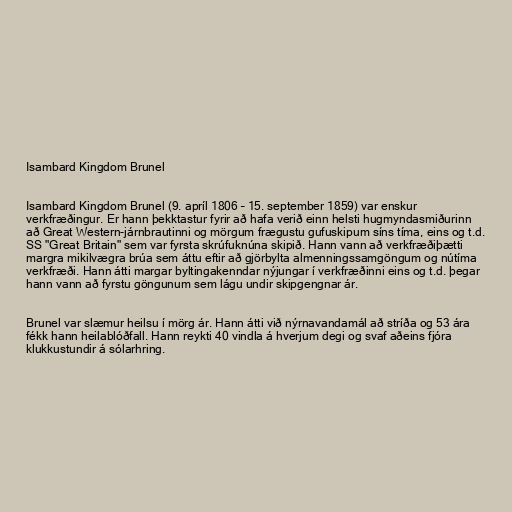
Isambard Kingdom Brunel

Isambard Kingdom Brunel (9. apríl 1806 – 15. september 1859) var enskur
verkfræðingur. Er hann þekktastur fyrir að hafa verið einn helsti hugmyndasmiðurinn
að Great Western-járnbrautinni og mörgum frægustu gufuskipum síns tíma, eins og t.d.
SS "Great Britain" sem var fyrsta skrúfuknúna skipið. Hann vann að verkfræðiþætti
margra mikilvægra brúa sem áttu eftir að gjörbylta almenningssamgöngum og nútíma
verkfræði. Hann átti margar byltingakenndar nýjungar í verkfræðinni eins og t.d. þegar
hann vann að fyrstu göngunum sem lágu undir skipgengnar ár.

Brunel var slæmur heilsu í mörg ár. Hann átti við nýrnavandamál að stríða og 53 ára
fékk hann heilablóðfall. Hann reykti 40 vindla á hverjum degi og svaf aðeins fjóra
klukkustundir á sólarhring.